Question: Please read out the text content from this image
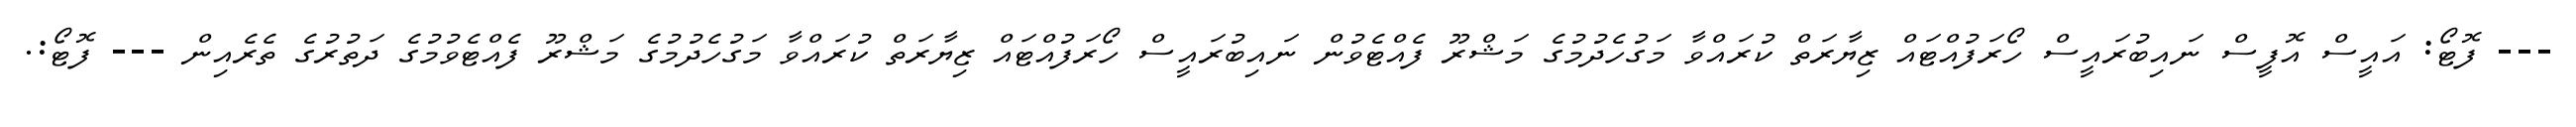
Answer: --- ފޮޓޯ: އައީސް އޮފީސް ނައިބުރައީސް ހޯރަފުއްޓައް ޒިޔާރަތް ކުރައްވާ މަގުހެދުމުގެ މަޝްރޫ ފެއްޓެވުން ނައިބުރައީސް ހޯރަފުއްޓައް ޒިޔާރަތް ކުރައްވާ މަގުހެދުމުގެ މަޝްރޫ ފެއްޓެވުމުގެ ދަތުރުގެ ތެރެއިން --- ފޮޓޯ:.